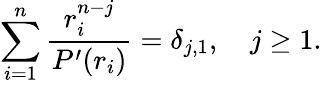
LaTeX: \sum_{i=1}^{n}{\frac{r_{i}^{n-j}}{P^{\prime}(r_{i})}}=\delta_{j,1},\quad j\geq 1.